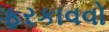
ફરકાવવો